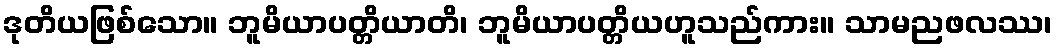
ဒုတိယဖြစ်သော။ ဘူမိယာပတ္တိယာတိ၊ ဘူမိယာပတ္တိယဟူသည်ကား။ သာမညဖလဿ၊